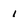
Character: 1